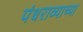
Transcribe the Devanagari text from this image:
पंधराव्याच्या